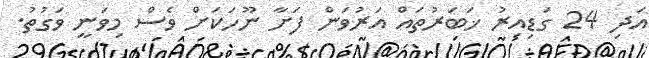
އަދި 24 ގަޑިއިރު ޚަބަރުތައް އަރުވަން ފަށާ ނޫހަކަށް ވެސް މިވަނީ ވަގުތު.